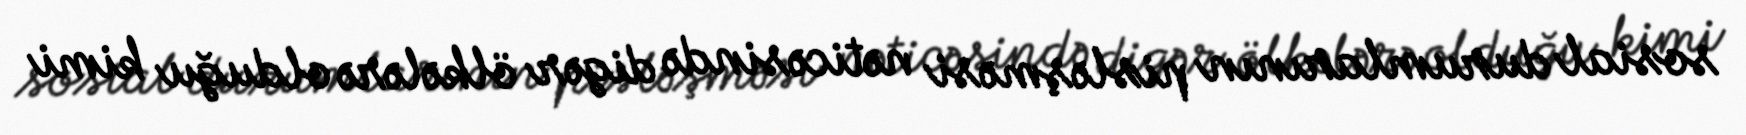
sosial durumlarının pisləşməsi nəticəsində digər ölkələrə olduğu kimi